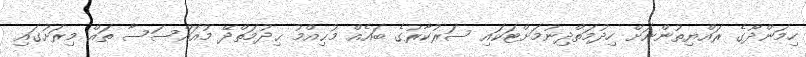
ހިމަންދޫގެ ރައްޔިތުންނަށް ހިދުމަތްދިނުމަށްޓަކައި ސަރުކާރުގެ ބައެއް މުޙިއްމު ޙިދުމަތްދޭ މުއައްސަސާ ތައް މިރަށުގައި